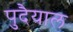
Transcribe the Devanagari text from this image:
पुदैयाल